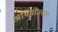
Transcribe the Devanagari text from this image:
अभियोज्यता